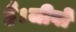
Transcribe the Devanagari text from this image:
है।जीवों